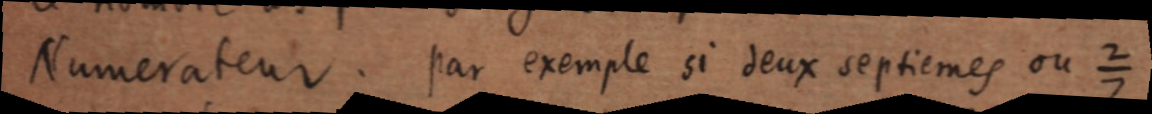
Numerateur, par exemple si deux septiemes ou ²⁄₇